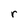
Character: r